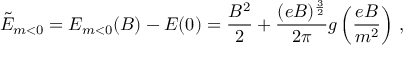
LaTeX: { \tilde { \cal { E } } } _ { m < 0 } = { \cal { E } } _ { m < 0 } ( B ) - { \cal { E } } ( 0 ) = \frac { B ^ { 2 } } { 2 } + \frac { ( e B ) ^ { \frac { 3 } { 2 } } } { 2 \pi } g \left( \frac { e B } { m ^ { 2 } } \right) \, ,